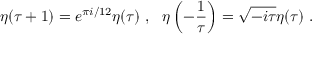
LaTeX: \eta ( \tau + 1 ) = e ^ { \pi i / 1 2 } \eta ( \tau ) ~ , ~ ~ \eta \left( - \frac { 1 } { \tau } \right) = \sqrt { - i \tau } \eta ( \tau ) ~ .